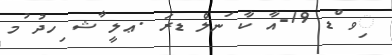
ިވ ްޑ 19-އާ ކާ ަނލް ޑރަ .ޢލީ ާޝ ިހދު ުމ